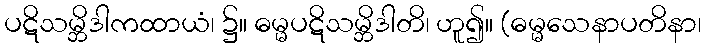
ပဋိသမ္ဘိဒါကထာယံ၊ ၌။ ဓမ္မပဋိသမ္ဘိဒါတိ၊ ဟူ၍။ (ဓမ္မသေနာပတိနာ၊